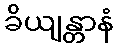
ခိယျန္တာနံ